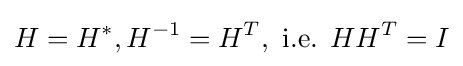
H=H^{*},H^{-1}=H^{T},{\text{ i.e. }}HH^{T}=I